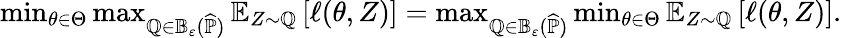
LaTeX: \begin{array}{r}{\operatorname*{min}_{\theta\in\Theta}\operatorname*{max}_{\mathbb Q\in\mathbb B_{\varepsilon}(\widehat{\mathbb P})}\mathbb E_{Z\sim\mathbb Q}\left[\ell(\theta,Z)\right]=\operatorname*{max}_{\mathbb Q\in\mathbb B_{\varepsilon}(\widehat{\mathbb P})}\operatorname*{min}_{\theta\in\Theta}\mathbb E_{Z\sim\mathbb Q}\left[\ell(\theta,Z)\right].}\end{array}